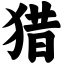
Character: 猎